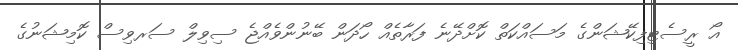
އޯ ރީސެޓިފިކޭޝަންގެ މަސައްކަތް ކޮށްދޭނެ ފަރާތެއް ހޯދަން ބޭނުންވެއްޖެ ސިވިލް ސަރވިސް ކޮމިޝަނުގެ